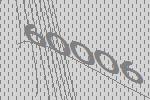
60006